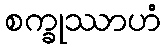
စက္ခုဿာဟံ